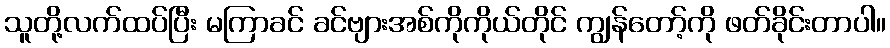
သူတို့လက်ထပ်ပြီး မကြာခင် ခင်ဗျားအစ်ကိုကိုယ်တိုင် ကျွန်တော့်ကို ဖတ်ခိုင်းတာပါ။